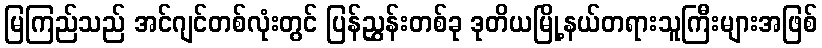
မြကြည်သည် အင်ဂျင်တစ်လုံးတွင် ပြန်ညွှန်းတစ်ခု ဒုတိယမြို့နယ်တရားသူကြီးများအဖြစ်